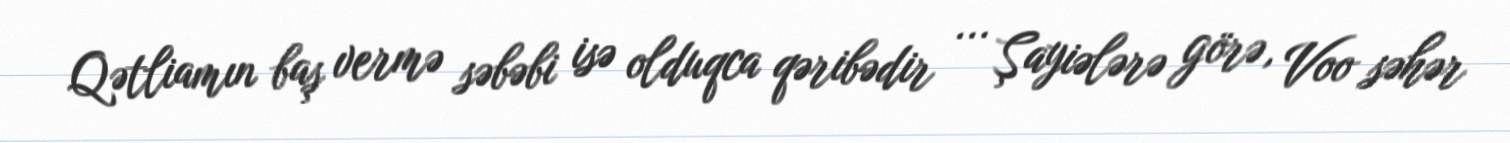
Qətliamın baş vermə səbəbi isə olduqca qəribədir ... Şayiələrə görə, Voo səhər